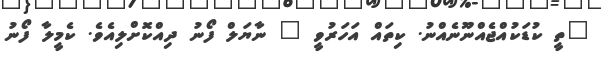
"ތީ ކުޑަކުއްޖެއްނޫނެއްނު. ކިތައް އަހަރުވީ " ނާޔަލް ފޯނު ދިއްކޮށްލިއެވެ. ކެމީލާ ފޯނު